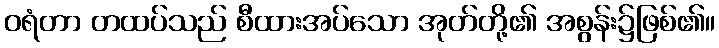
ဝရံတာ တထပ်သည် စီထားအပ်သော အုတ်တို့၏ အစွန်း၌ဖြစ်၏။